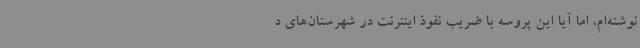
نوشته‌ام، اما آیا این پروسه با ضریب نفوذ اینترنت در شهرستان‌های د